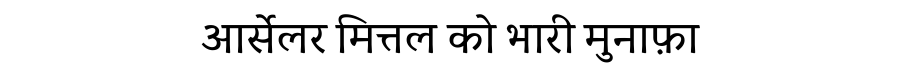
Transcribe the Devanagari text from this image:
आर्सेलर मित्तल को भारी मुनाफ़ा